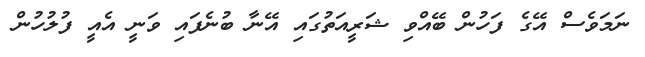
ނަމަވެސް އޭގެ ފަހުން ބޭއްވި ޝަރީއަތުގައި އޭނާ ބުނެފައި ވަނީ އެއީ ފުލުހުން